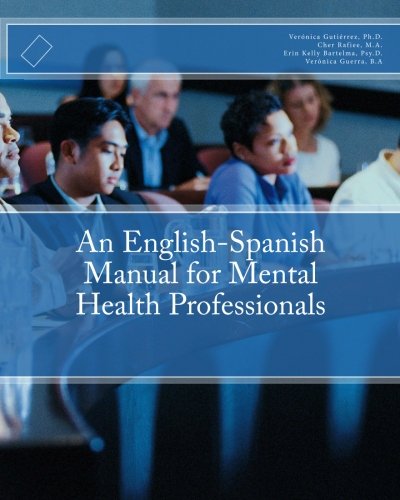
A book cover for An English-Spanish Manual for Mental Health Professionals; Veronica Gutierrez Ph.D; Medical Books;